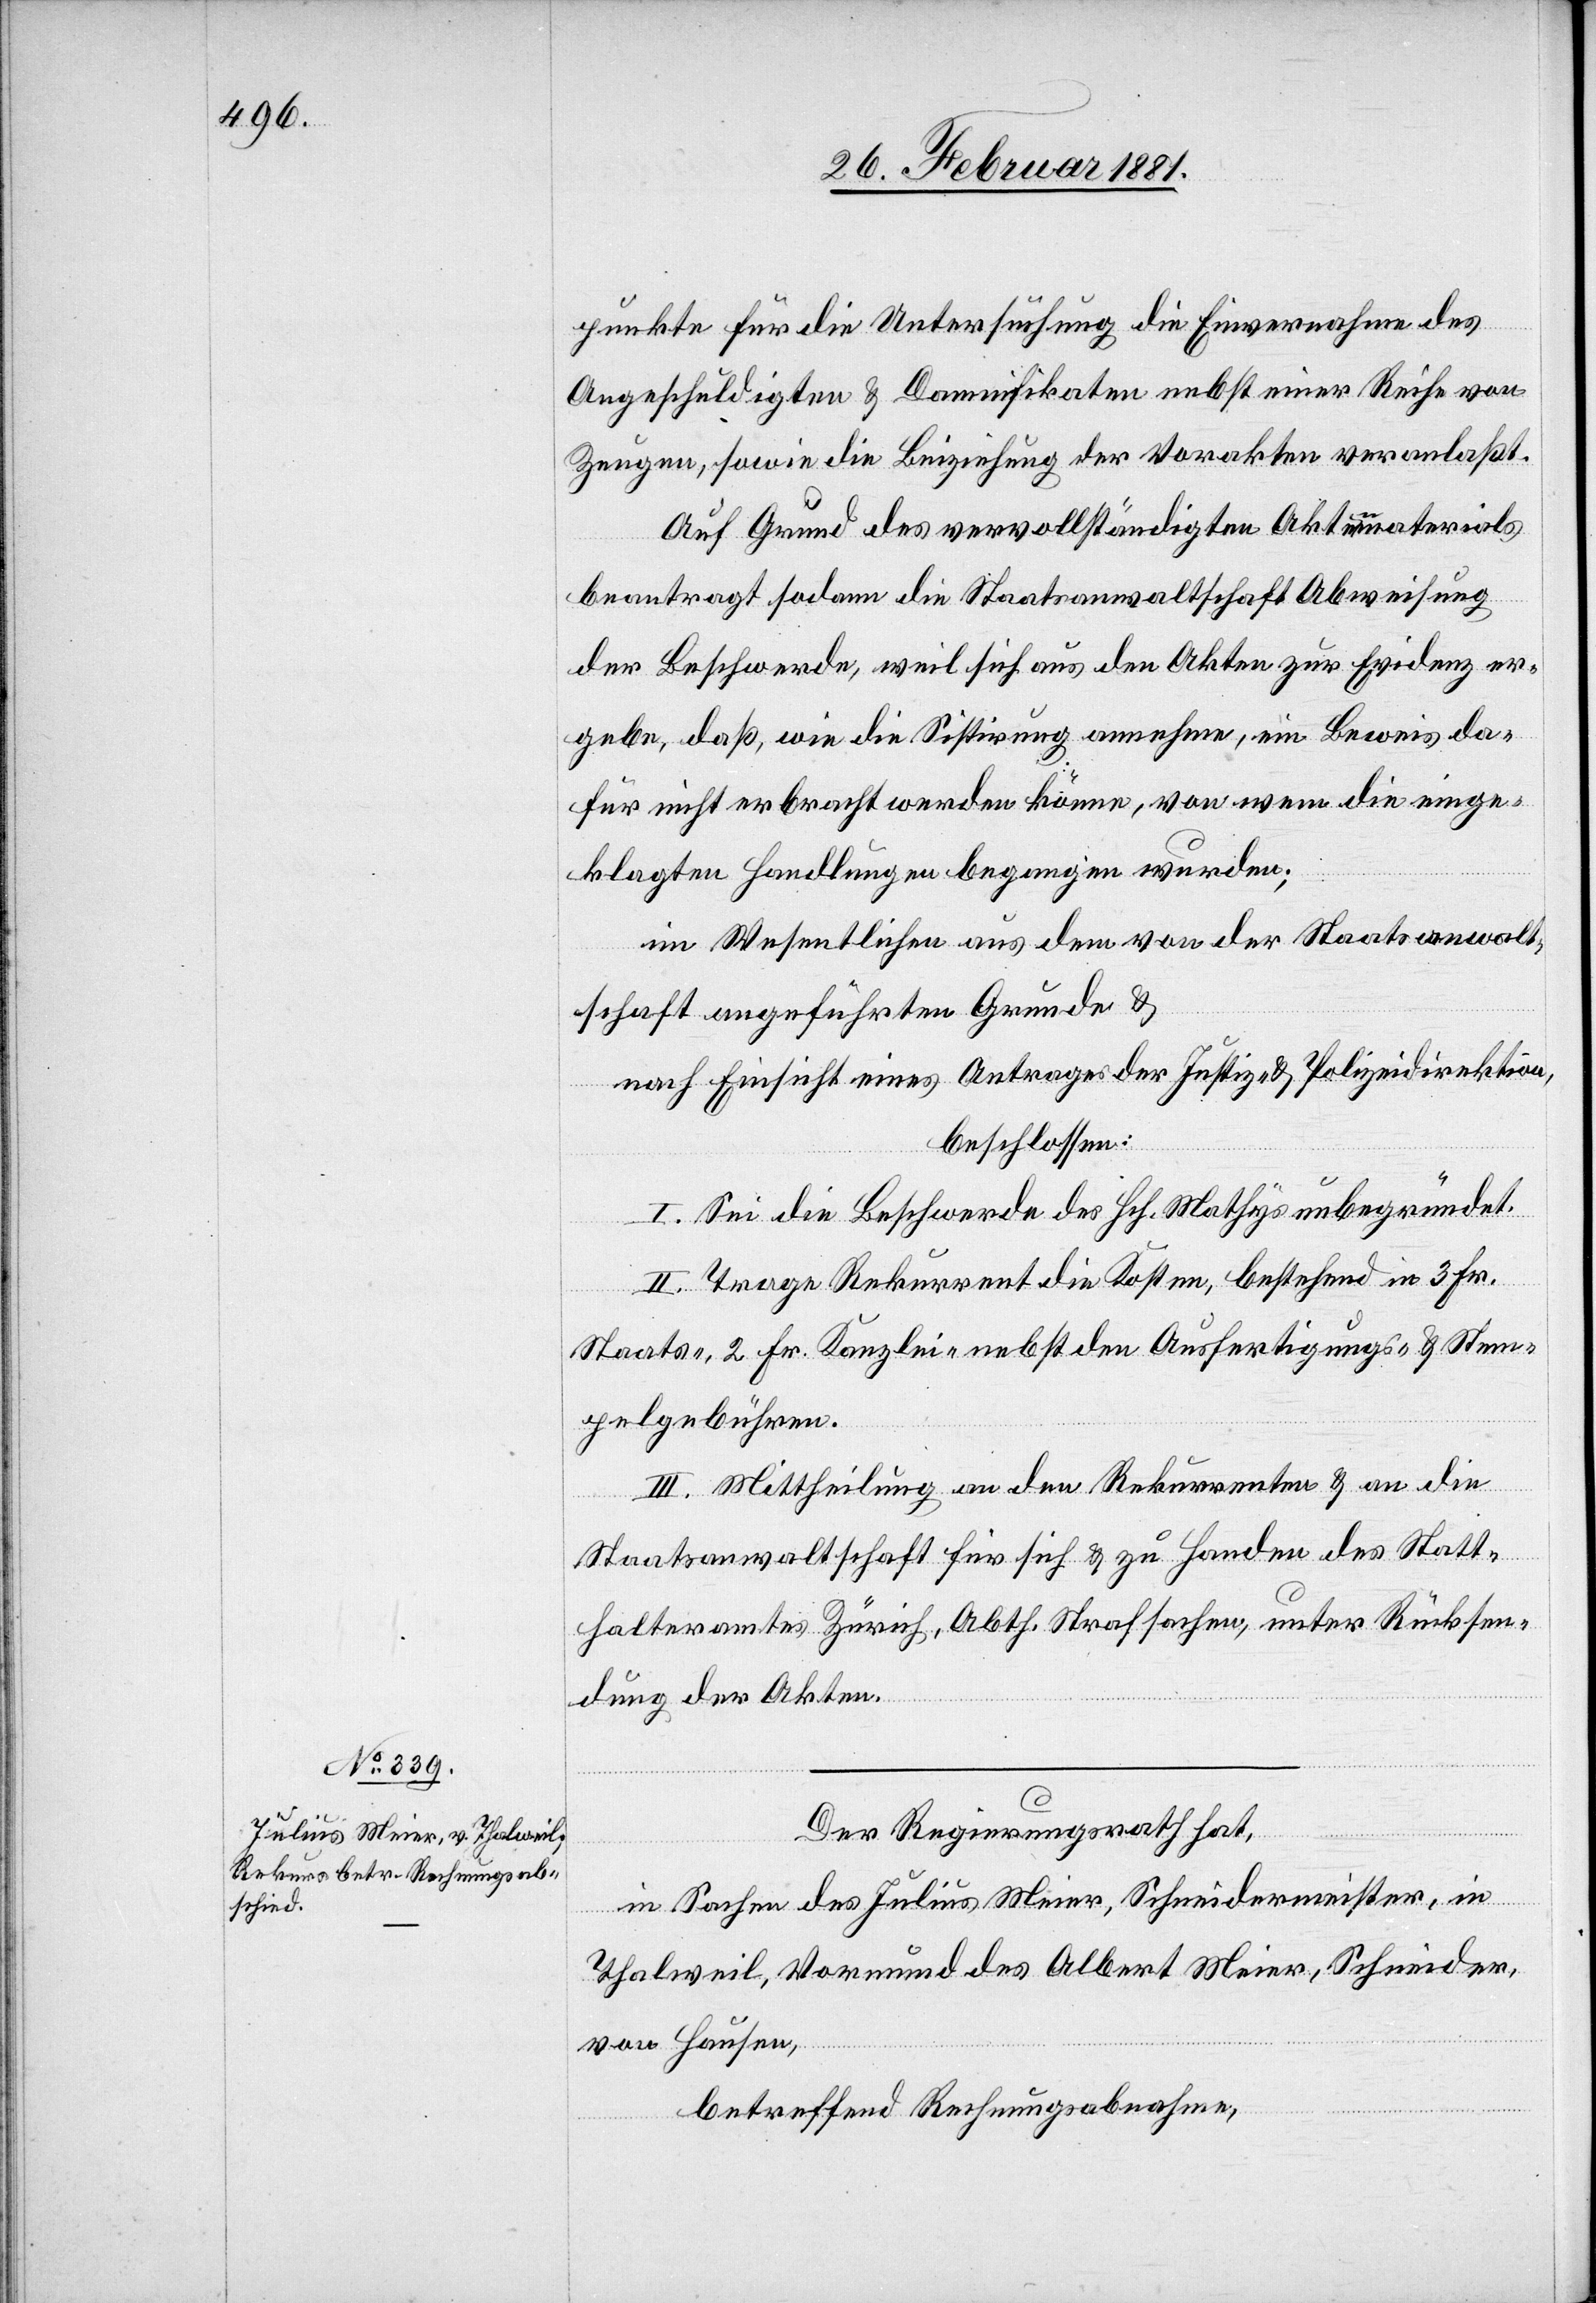
punkte für die Untersuchung die Einvernahme des
Angeschuldigten & Damnifikaten nebst einer Reihe von
zeugen, sowie die Beiziehung der Vorakten veranlaßt.
Auf Grund des vervollständigen Aktenmaterials
beantragt sodann die Staatsanwaltschaft Abweisung
der Beschwerde, weil sich aus den Akten zur Evidenz er¬
gebe, daß, wie die Sistirung annehme, ein Beweis da¬
für nicht erbracht werden könne, von wem die einge¬
klagten Handlungen begangen wurden;
im Wesentlichen aus dem von der Staatsanwalt¬
schaft angeführten Grunde &
nach Einsicht eines Antrages der Justiz- & Polizeidirektion,
beschlossen:
I. Sei die Beschwerde des Hch. Mathys unbegründet.
II. Trage Rekurrent die Kosten, bestehend in 3 Fr.
Staats-, 2 Fr. Kanzlei- nebst den Ausfertigungs- & Stem¬
pelgebühren.
III. Mittheilung an den Rekurrenten & an die
Staatsanwaltschaft für sich & zu Handen des Statt¬
halteramtes Zürich, Abth. Strafsachen, unter Rücksen¬
dung der Akten.
Der Regierungsrath hat,
in Sachen des Julius Meier, Schneidermeister, in
Thalweil, Vormund des Albert Meier, Schneider,
von Hausen,